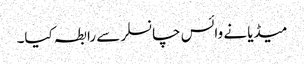
میڈیا نے وائس چانسلر سے رابطہ کیا۔